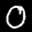
Label: 0